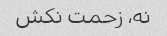
نه، زحمت نکش